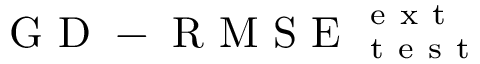
\mathrm { ~ G ~ D ~ - ~ R ~ M ~ S ~ E ~ } _ { \mathrm { ~ t ~ e ~ s ~ t ~ } } ^ { \mathrm { ~ e ~ x ~ t ~ } }